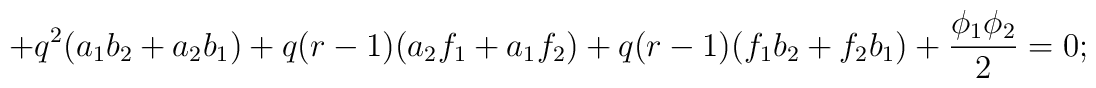
+q^{2}(a_{1}b_{2}+a_{2}b_{1})+q(r-1)(a_{2}f_{1}+a_{1}f_{2}) +q(r-1)(f_{1}b_{2} +f_{2}b_{1})+\frac{\phi_{1}\phi_{2}}{2}=0;